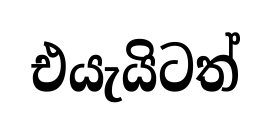
එයැයිටත්